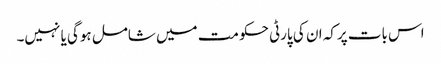
اس بات پرکہ ان کی پارٹی حکومت میں شامل ہوگی یا نہیں۔